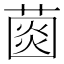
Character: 𦸠